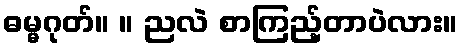
ဓမ္မဂုတ်။ ။ ညလဲ စာကြည့်တာပဲလား။